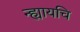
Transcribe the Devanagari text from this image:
न्ह्यायचि